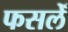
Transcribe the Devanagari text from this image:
फसलेँ